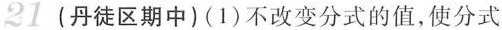
21(丹徒区期中)(1)不改变分式的值，使分式